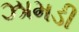
ઝામડી